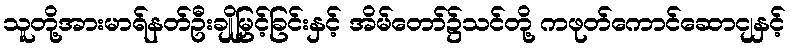
သူတို့အားမာရ်နတ်ဦးချိုမြှင့်ခြင်းနှင့် အိမ်တော်၌သင်တို့ ကဖုတ်ကောင်ဆောငျနှင့်